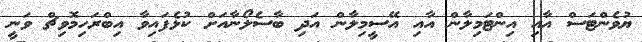
ޔުވެންޓަސް އާއި އިންޓަމިލާން އާއި އޭސީމިލާން އަދި ބާސެލޯނާއަށް ކުޅެފައިވާ އިބްރަހިމޮވިޗް ވަނީ